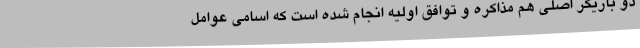
دو بازیگر اصلی هم مذاکره و توافق اولیه انجام شده است که اسامی عوامل